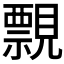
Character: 𧢄